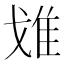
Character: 𨾓